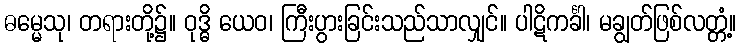
ဓမ္မေသု၊ တရားတို့၌။ ဝုဒ္ဓိ ယေဝ၊ ကြီးပွားခြင်းသည်သာလျှင်။ ပါဋိကင်္ခါ၊ မချွတ်ဖြစ်လတ္တံ့။